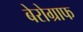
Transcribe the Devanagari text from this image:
बेरोग्राफ